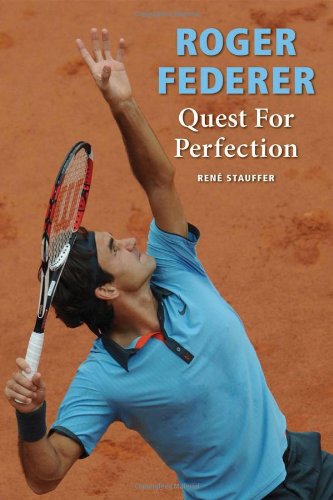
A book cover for Roger Federer: Quest for Perfection; RenÃ© Stauffer; Sports & Outdoors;